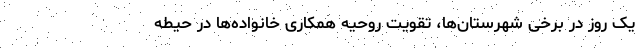
یک روز در برخی شهرستان‌ها، تقویت روحیه همکاری خانواده‌ها در حیطه